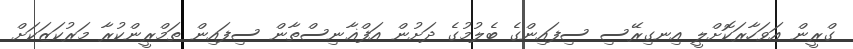
ގްރީން އަވަހާރަކޮށްލީ އިނގިރޭސި ސިފައިންގެ ބެލުމުގެ ދަށުން އަފްޣާނިސްތާން ސިފައިން ތަމްރީންކުރާ މަރުކަޒަކަށް